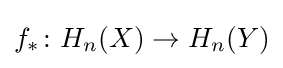
f_{*}\colon H_{n}(X)\to H_{n}(Y)